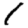
Digit: 1